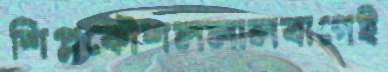
শিপ্লকৌশললালবাগেই